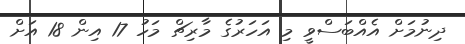
ދިނުމަށް އެއްބަސްވީ މި އަހަރުގެ މާރިޗް މަހު 17 އިން 18 އަށް